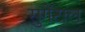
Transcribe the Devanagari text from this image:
सुगेंटाल